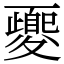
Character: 夒